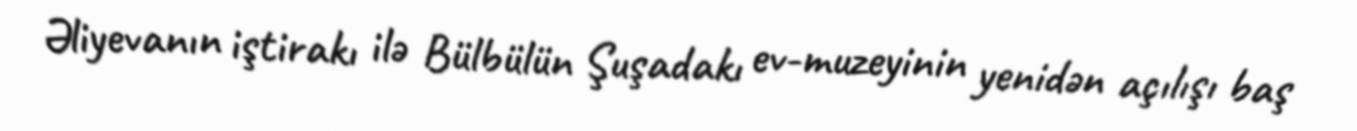
Əliyevanın iştirakı ilə Bülbülün Şuşadakı ev-muzeyinin yenidən açılışı baş